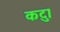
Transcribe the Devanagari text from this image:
कटु।